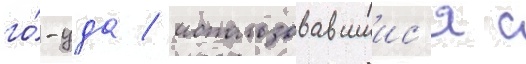
го́-уда / использовавшиис'я с